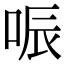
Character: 㖘